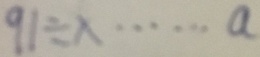
9 1 \div x \cdots a